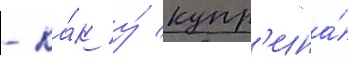
- ка́к у́ купр'ина́